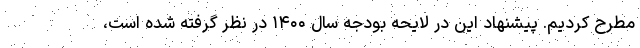
مطرح کردیم. پیشنهاد این در لایحه بودجه سال ۱۴۰۰ در نظر گرفته شده است،